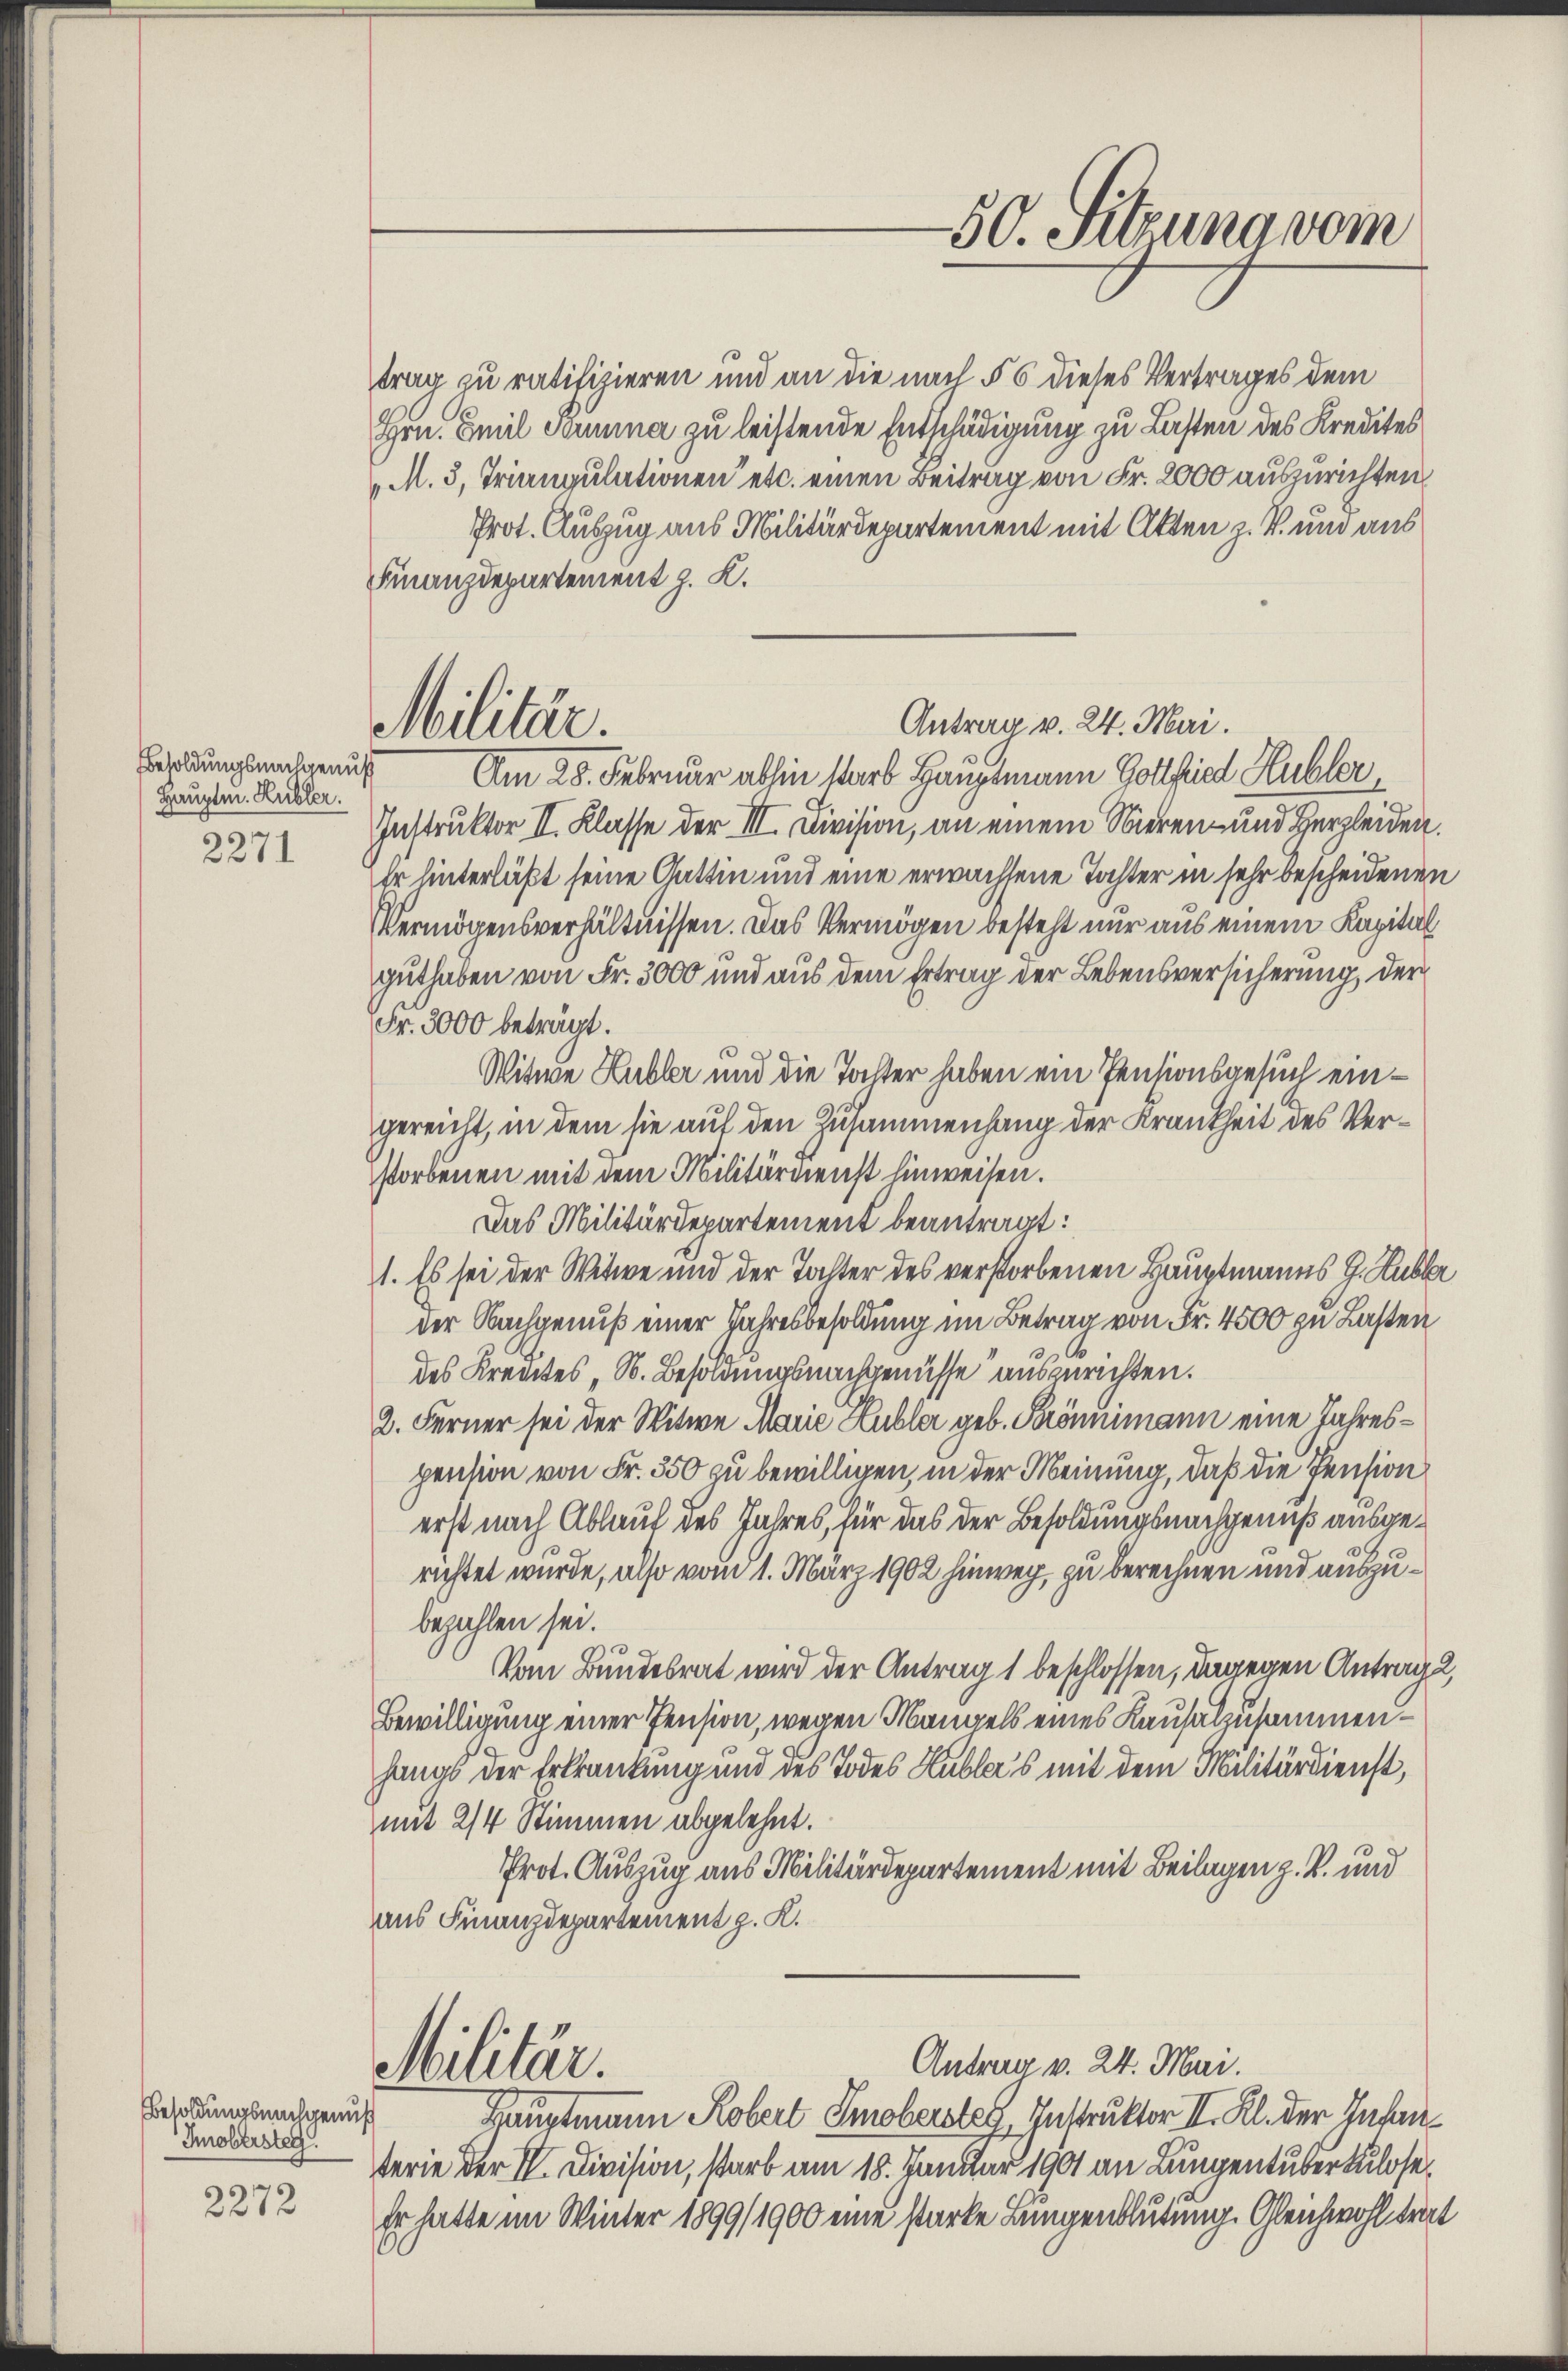
Besoldungsnachgenuß
Hauptm. Hubler.
2271

Besoldungsnachgenuß
Iobersteg.
2272

trag zu ratifizieren und an die nach § 6 dieses Vertrages dem
Hrn. Emil Sonna zu leistende Entschädigung zu Lasten des Kredites
M. 3, Triangulationen etc. einen Beitrag von Fr. 2000 auszurichten,
Prot. Auszug aus Militärdepartement mit Akten z. B. und aus
Finanzdepartement z. K.

Militär.

50. Sitzung vom

Antrag v. 24. Mai.
Am 28. Februar abhin starb Hauptmann Gottfried Hubler,

Instruktor II. Klasse der III. Division, an einem Nieren und Herzleiden
Er hinterläßt seine Gattin und eine erwachsene Tochter in sehr bescheidenen
Vermögensverhältnissen. Das Vermögen besteht nur aus einem Kapital
guthaben von Fr. 3000 und aus dem Ertrag der Lebensversicherung der
Fr. 3000 beträgt.
Witwe Hubler und die Tochter haben ein Pensionsgesuch eingereicht, in dem sie auf den Zusammenhang der Krankheit des Verstorbenen mit dem Militärdienst hinweisen.
Das Militärdepartement beantragt:
1. Es sei der Witwe und der Tochter des verstorbenen Hauptmanns J. Hubl
der Nachgenuß einer Jahresbesoldung im Betrag von Fr. 4500 zu Lasten
des Krentes, S. Besoldungsnachgenüsse auszurichten.
2. Ferner sei der Witwe Marie Hubler geb. Krönnimann eine Jahrespension von Fr. 350 zu bewilligen, in der Meinung, daß die Pension
erst nach Ablauf des Jahres, für das der Besoldungsnachgenuß ausgerichtet wurde, also vom 1. März 1902 hinweg, zu berechnen und auszubezahlen sei.
Vom Bundesrat wird der Antrag 1 beschlossen, dagegen Antrag¬
Bewilligung einer Pension, wegen Mangels eines Kausalzusammenhangs der Erkrankung und des Todes Hubler's mit dem Militärdienst,
mit 2/4 Stimmen abgelehnt.
Prot. Auszug aus Militärdepartement mit Beilagen z. B. und
aus Finanzdepartement z. K.
Antrag v. 24. Mai.
Militär.
Hauptmann Robert Smobersteg, Instruktor II. Kl. der Inhau
terie der I. Division, starb am 18. Januar 1901 an Lungentuberkulose
Er hatte im Winter 1899/1900 eine starke Lungenblutung. Gleichwohl trit